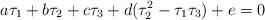
LaTeX: \begin{align*} a\tau_1+b\tau_2+c\tau_3+d(\tau_2^2-\tau_1\tau_3)+e=0\end{align*}